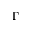
\Gamma